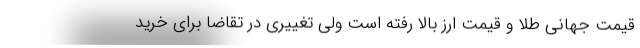
قیمت جهانی طلا و قیمت ارز بالا رفته است ولی تغییری در تقاضا برای خرید